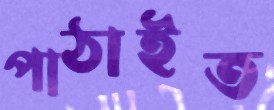
পাঠাইত